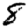
Digit: 8